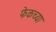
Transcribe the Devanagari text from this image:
फेकच्या